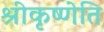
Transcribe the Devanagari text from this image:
श्रीकृष्णेति